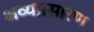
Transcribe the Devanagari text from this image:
श्रव्यप्रसारण